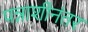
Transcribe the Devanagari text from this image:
पन्नाशीनंतर